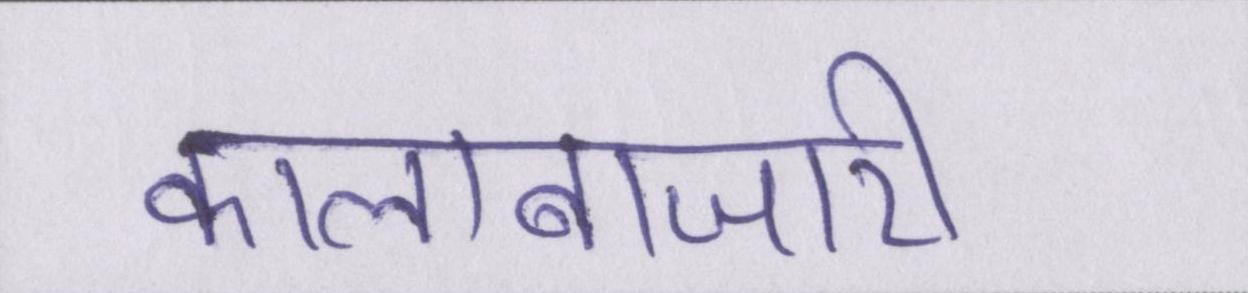
कालाबाजारी